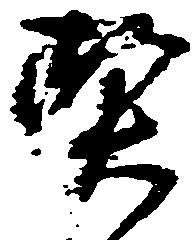
契